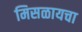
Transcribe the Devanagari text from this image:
मिसळायचा